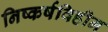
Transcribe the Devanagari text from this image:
निष्कर्षविहीन